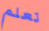
تعلم